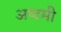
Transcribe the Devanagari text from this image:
अष्‍टमी